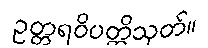
ဥတ္တရဝိပတ္တိသုတ်။